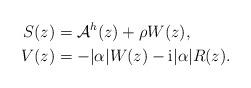
LaTeX: \begin{align*}S(z) & = \mathcal{A}^h(z) + \rho W(z), \\V(z) & = -|\alpha| W(z) - {\rm i} |\alpha| R(z).\end{align*}